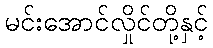
မင်းအောင်လှိုင်တို့နှင့်